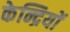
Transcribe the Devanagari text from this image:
केन्द्रियों